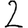
Digit: 2